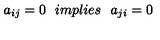
a _ { i j } = 0 \: \: \: i m p l i e s \: \: \: a _ { j i } = 0